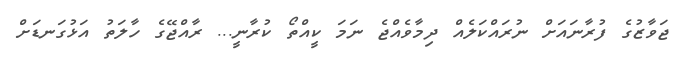
ޖަވާޒުގެ ފުރާނައަށް ނުރައްކަލެއް ދިމާވެއްޖެ ނަމަ ކީއްތޯ ކުރާނީ... ރާއްޖޭގެ ހާލަތު އަޅުގަނޑަށް